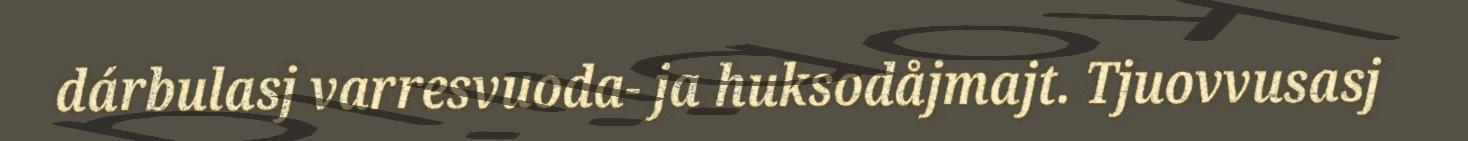
dárbulasj varresvuoda- ja huksodåjmajt. Tjuovvusasj